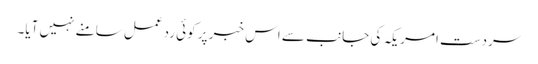
سردست امریکہ کی جانب سے اس خبر پر کوئی ردعمل سامنے نہیں آیا۔